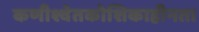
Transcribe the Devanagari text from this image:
कणीश्वेतकोशिकाहीनता